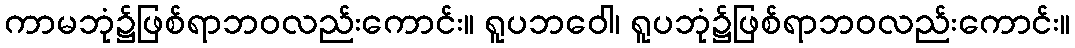
ကာမဘုံ၌ဖြစ်ရာဘဝလည်းကောင်း။ ရူပဘဝေါ၊ ရူပဘုံ၌ဖြစ်ရာဘဝလည်းကောင်း။